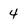
Character: 4